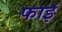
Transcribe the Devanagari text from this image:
फाइं